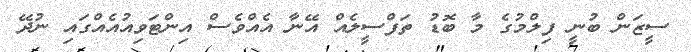
ސީޒަން ބުނީ ފިލްމުގެ މާ ބޮޑު ތަފްސީލެއް އޭނާ އެއްވެސް އިންޓަވިއުއެއްގައި ނުދޭ